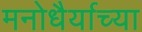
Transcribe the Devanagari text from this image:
मनोधैर्याच्या